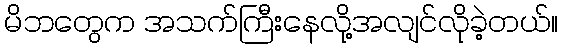
မိဘတွေက အသက်ကြီးနေလို့အလျင်လိုခဲ့တယ်။